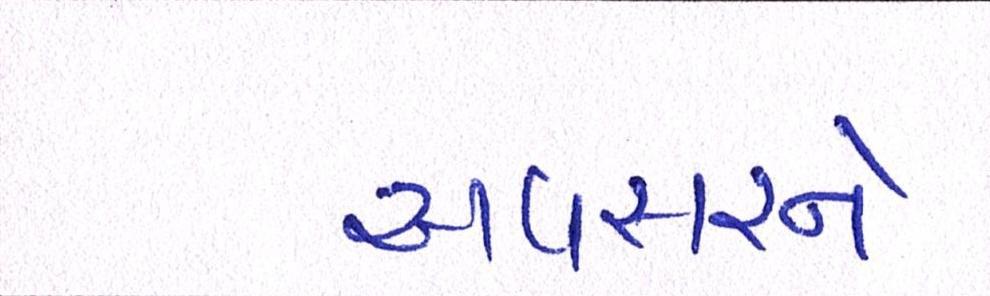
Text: અવસરને